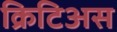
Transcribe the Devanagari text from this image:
क्रिटिअस